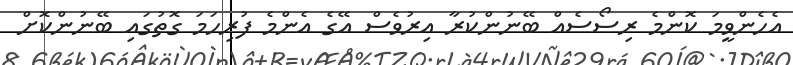
އެހެންވީމަ ކޮންމެ ރިސޯސެއް ބޭނުންކުރާ އިރުވެސް އޭގެ އެންމެ ފުރިހަމަ ގޮތުގައި ބޭނުންކޮށް